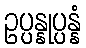
ဥပ္ပန္နုပ္ပန္နံ